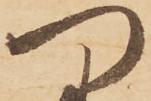
つ